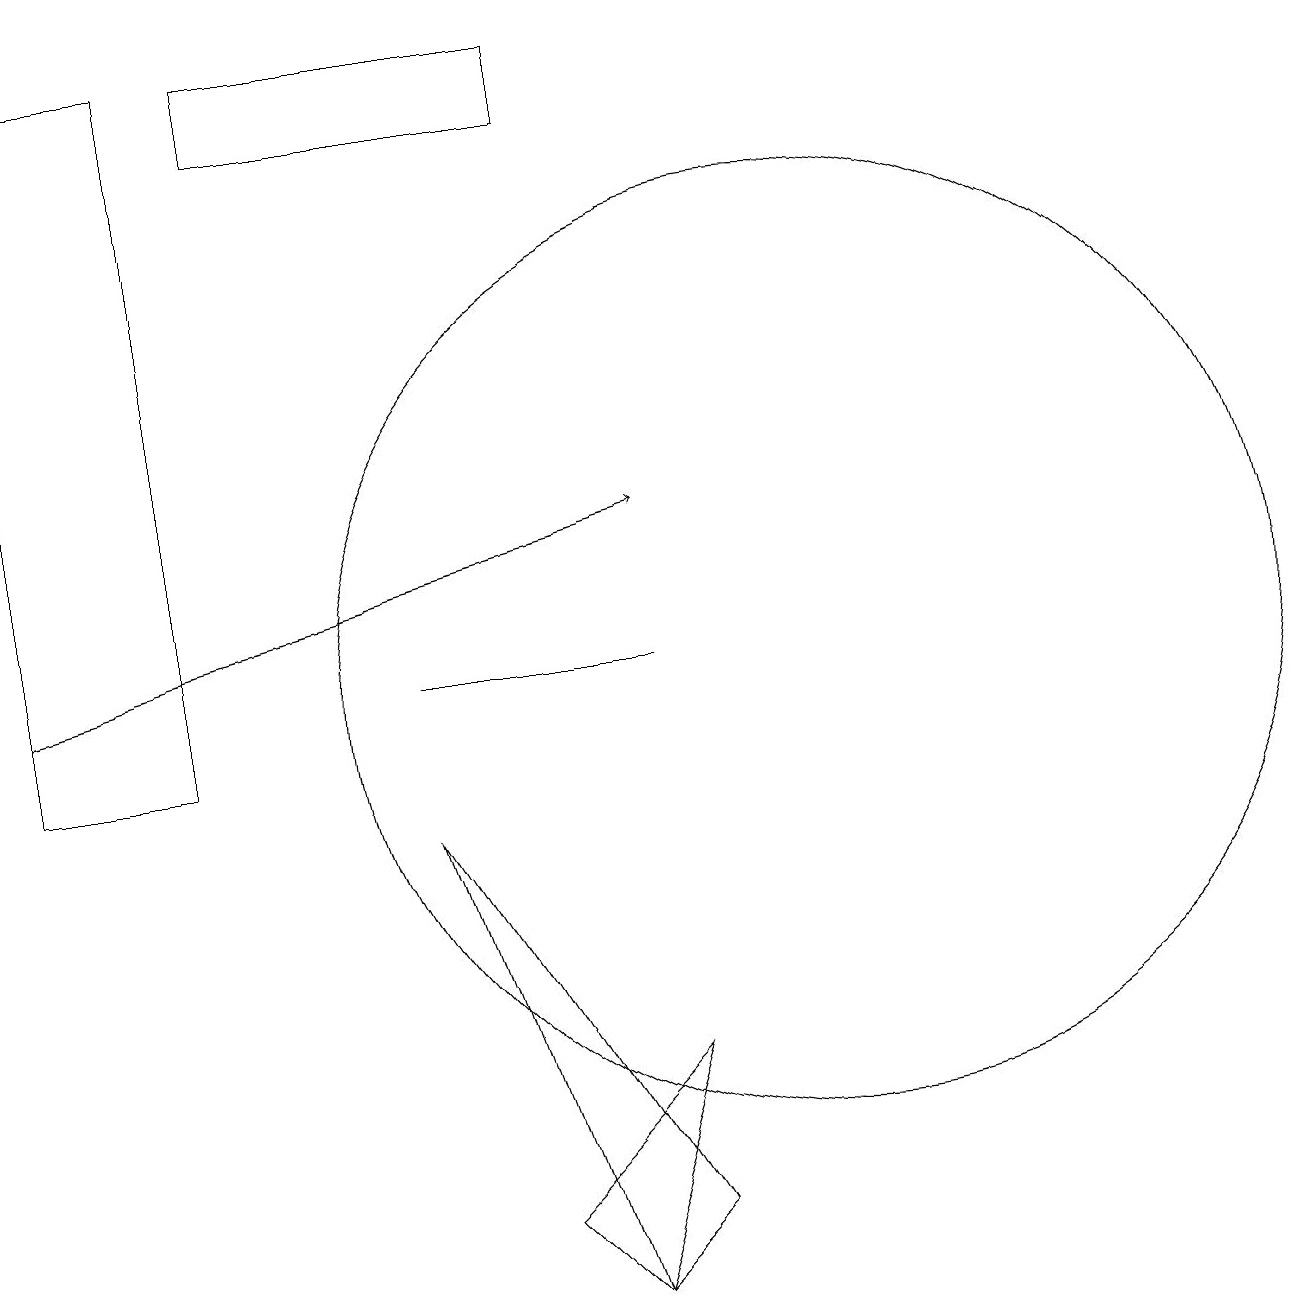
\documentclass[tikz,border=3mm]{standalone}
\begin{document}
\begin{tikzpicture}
\draw[->] (0,11) -- (8,13);
\draw (8,4) -- (7,3) -- (5,9) -- cycle;
\draw (7,18) rectangle (3,19);
\draw (10,11) circle (6);
\draw (7,3) -- (6,4) -- (8,6) -- cycle;
\draw (5,11) rectangle (8,11);
\draw (0,19) rectangle (2,10);
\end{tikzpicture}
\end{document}